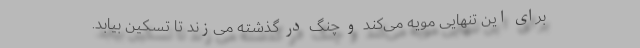
برای این تنهایی مویه می‌کند و چنگ در گذشته می‌زند تا تسکین بیابد.